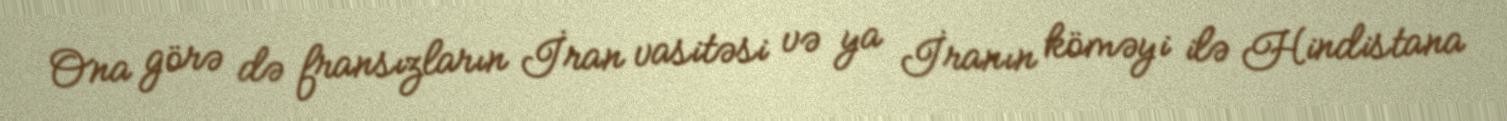
Ona görə də fransızların İran vasitəsi və ya İranın köməyi ilə Hindistana